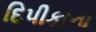
દિપીકાના